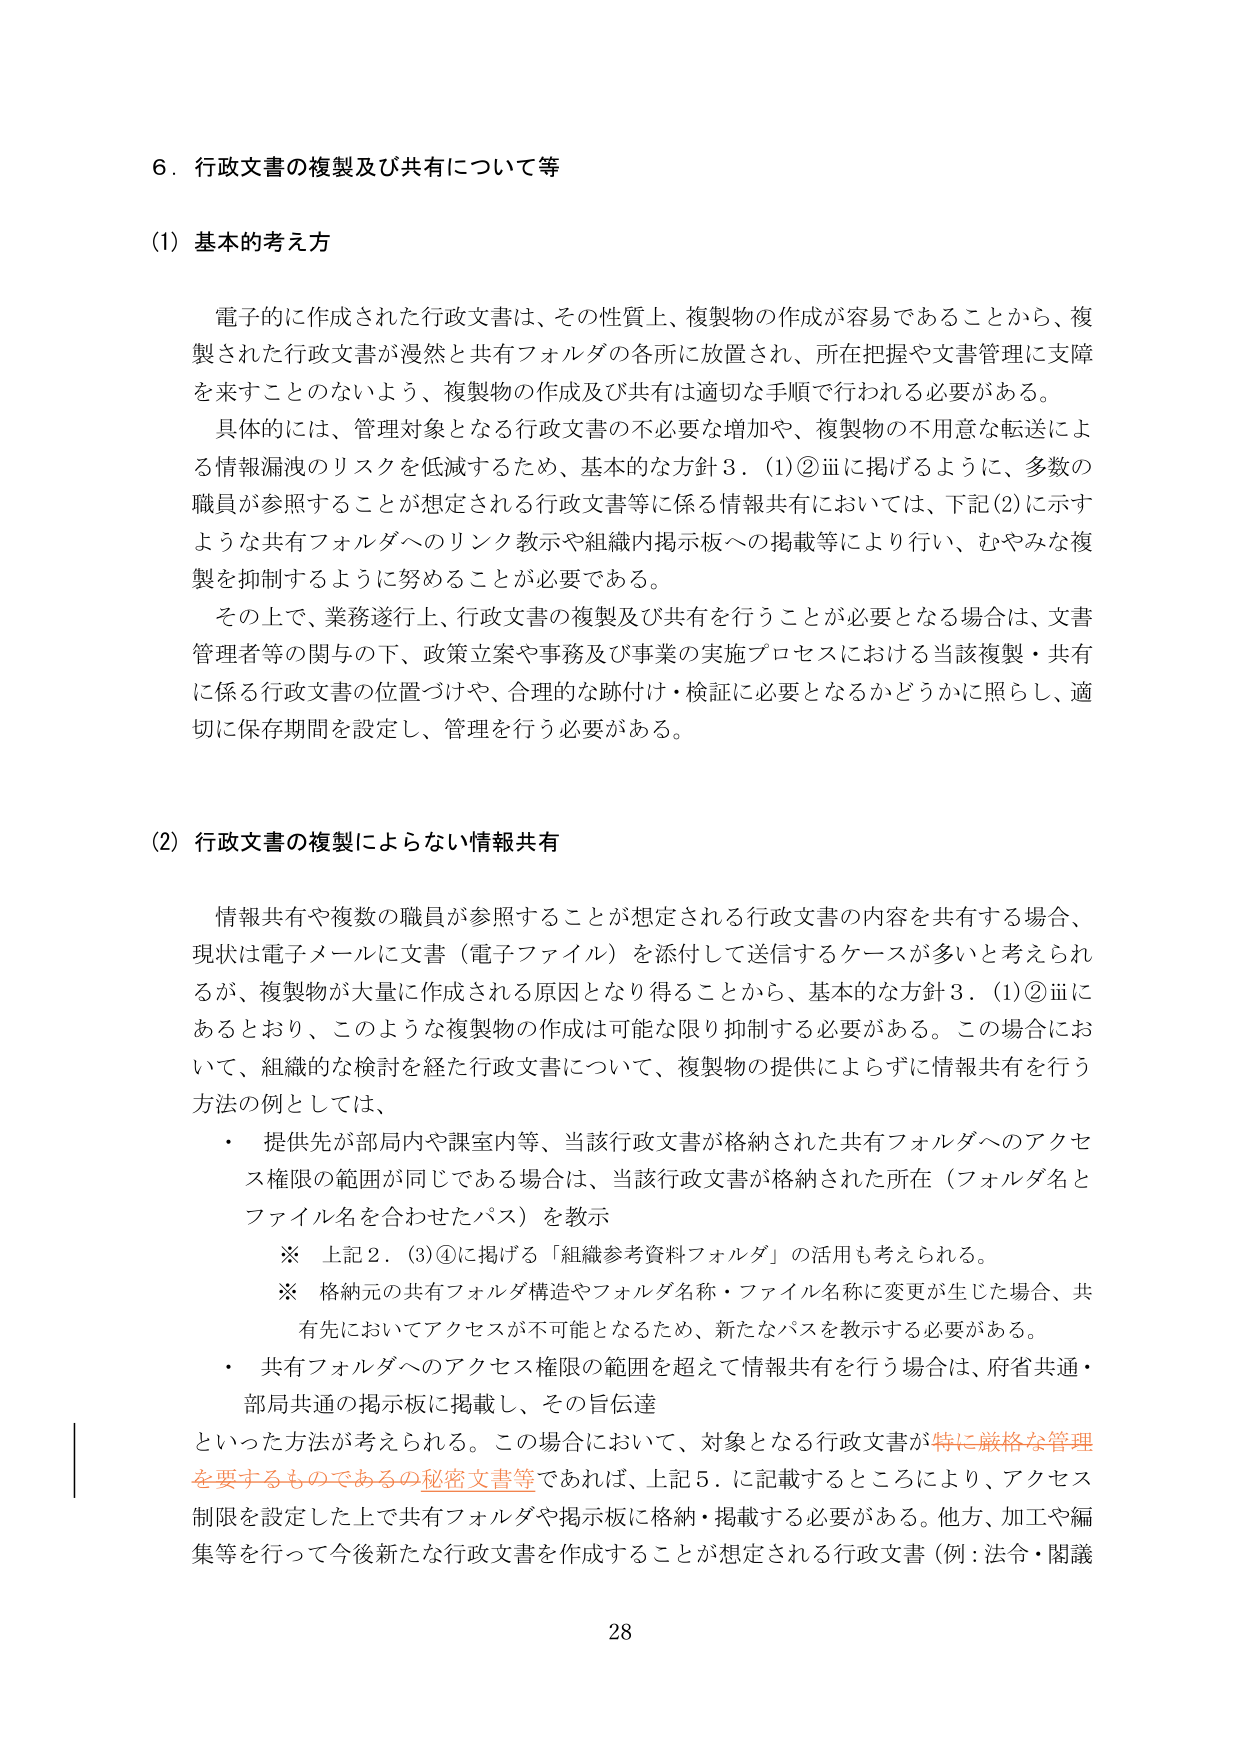
6．行政文書の複製及び共有について等

(1) 基本的考え方

電子的に作成された行政文書は、その性質上、複製物の作成が容易であることから、複製された行政文書が漫然と共有フォルダの各所に放置され、所在把握や文書管理に支障を来すことのないよう、複製物の作成及び共有は適切な手順で行われる必要がある。

具体的には、管理対象となる行政文書の不必要な増加や、複製物の不用意な転送による情報漏洩のリスクを低減するため、基本的な方針3．(1)②ⅲに掲げるように、多数の職員が参照することが想定される行政文書等に係る情報共有においては、下記(2)に示すような共有フォルダへのリンク教示や組織内掲示板への掲載等により行い、むやみな複製を抑制するように努めることが必要である。

その上で、業務遂行上、行政文書の複製及び共有を行うことが必要となる場合は、文書管理者等の関与の下、政策立案や事務及び事業の実施プロセスにおける当該複製・共有に係る行政文書の位置づけや、合理的な跡付け・検証に必要となるかどうかに照らし、適切に保存期間を設定し、管理を行う必要がある。

(2) 行政文書の複製によらない情報共有

情報共有や複数の職員が参照することが想定される行政文書の内容を共有する場合、現状は電子メールに文書（電子ファイル）を添付して送信するケースが多いと考えられるが、複製物が大量に作成される原因となり得ることから、基本的な方針3．(1)②ⅲにあるとおり、このような複製物の作成は可能な限り抑制する必要がある。この場合において、組織的な検討を経た行政文書について、複製物の提供によらずに情報共有を行う方法の例としては、

・ 提供先が部局内や課室内等、当該行政文書が格納された共有フォルダへのアクセス権限の範囲が同じである場合は、当該行政文書が格納された所在（フォルダ名とファイル名を合わせたパス）を教示

※ 上記2．(3)④に掲げる「組織参考資料フォルダ」の活用も考えられる。

※ 格納元の共有フォルダ構造やフォルダ名称・ファイル名称に変更が生じた場合、共有先においてアクセスが不可能となるため、新たなパスを教示する必要がある。

・ 共有フォルダへのアクセス権限の範囲を超えて情報共有を行う場合は、府省共通・部局共通の掲示板に掲載し、その旨伝達

といった方法が考えられる。この場合において、対象となる行政文書が特に厳格な管理を要するものであるの秘密文書等であれば、上記5．に記載するところにより、アクセス制限を設定した上で共有フォルダや掲示板に格納・掲載する必要がある。他方、加工や編集等を行って今後新たな行政文書を作成することが想定される行政文書（例：法令・閣議

28